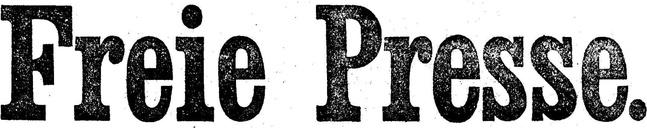
Freie Presse.